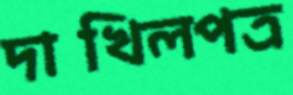
দাখিলপত্র